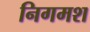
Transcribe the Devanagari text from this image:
निगमश